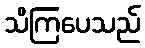
သိကြပေသည်